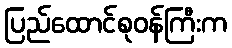
ပြည်ထောင်စုဝန်ကြီးက